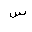
Letter: _sin